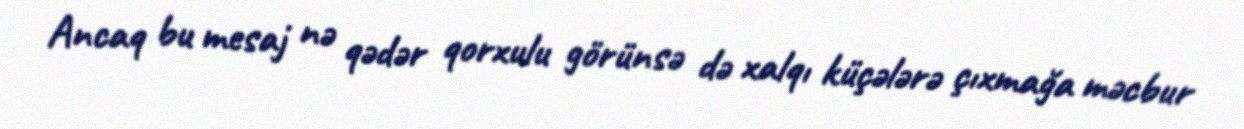
Ancaq bu mesaj nə qədər qorxulu görünsə də xalqı küçələrə çıxmağa məcbur